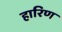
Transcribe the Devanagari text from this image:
हारिण